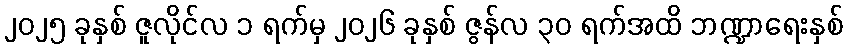
၂၀၂၅ ခုနှစ် ဇူလိုင်လ ၁ ရက်မှ ၂၀၂၆ ခုနှစ် ဇွန်လ ၃၀ ရက်အထိ ဘဏ္ဍာရေးနှစ်